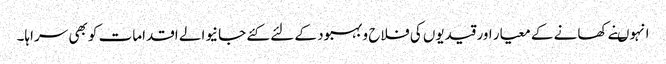
انہوںنے کھانے کے معیار اور قیدیوں کی فلاح و بہبود کے لئے کئے جانیوالے اقدامات کو بھی سراہا۔